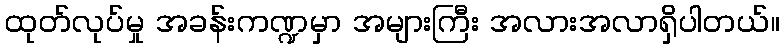
ထုတ်လုပ်မှု အခန်းကဏ္ဍမှာ အများကြီး အလားအလာရှိပါတယ်။